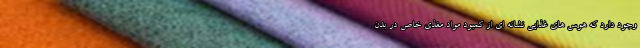
وجود دارد که هوس های غذایی نشانه ای از کمبود مواد مغذی خاص در بدن